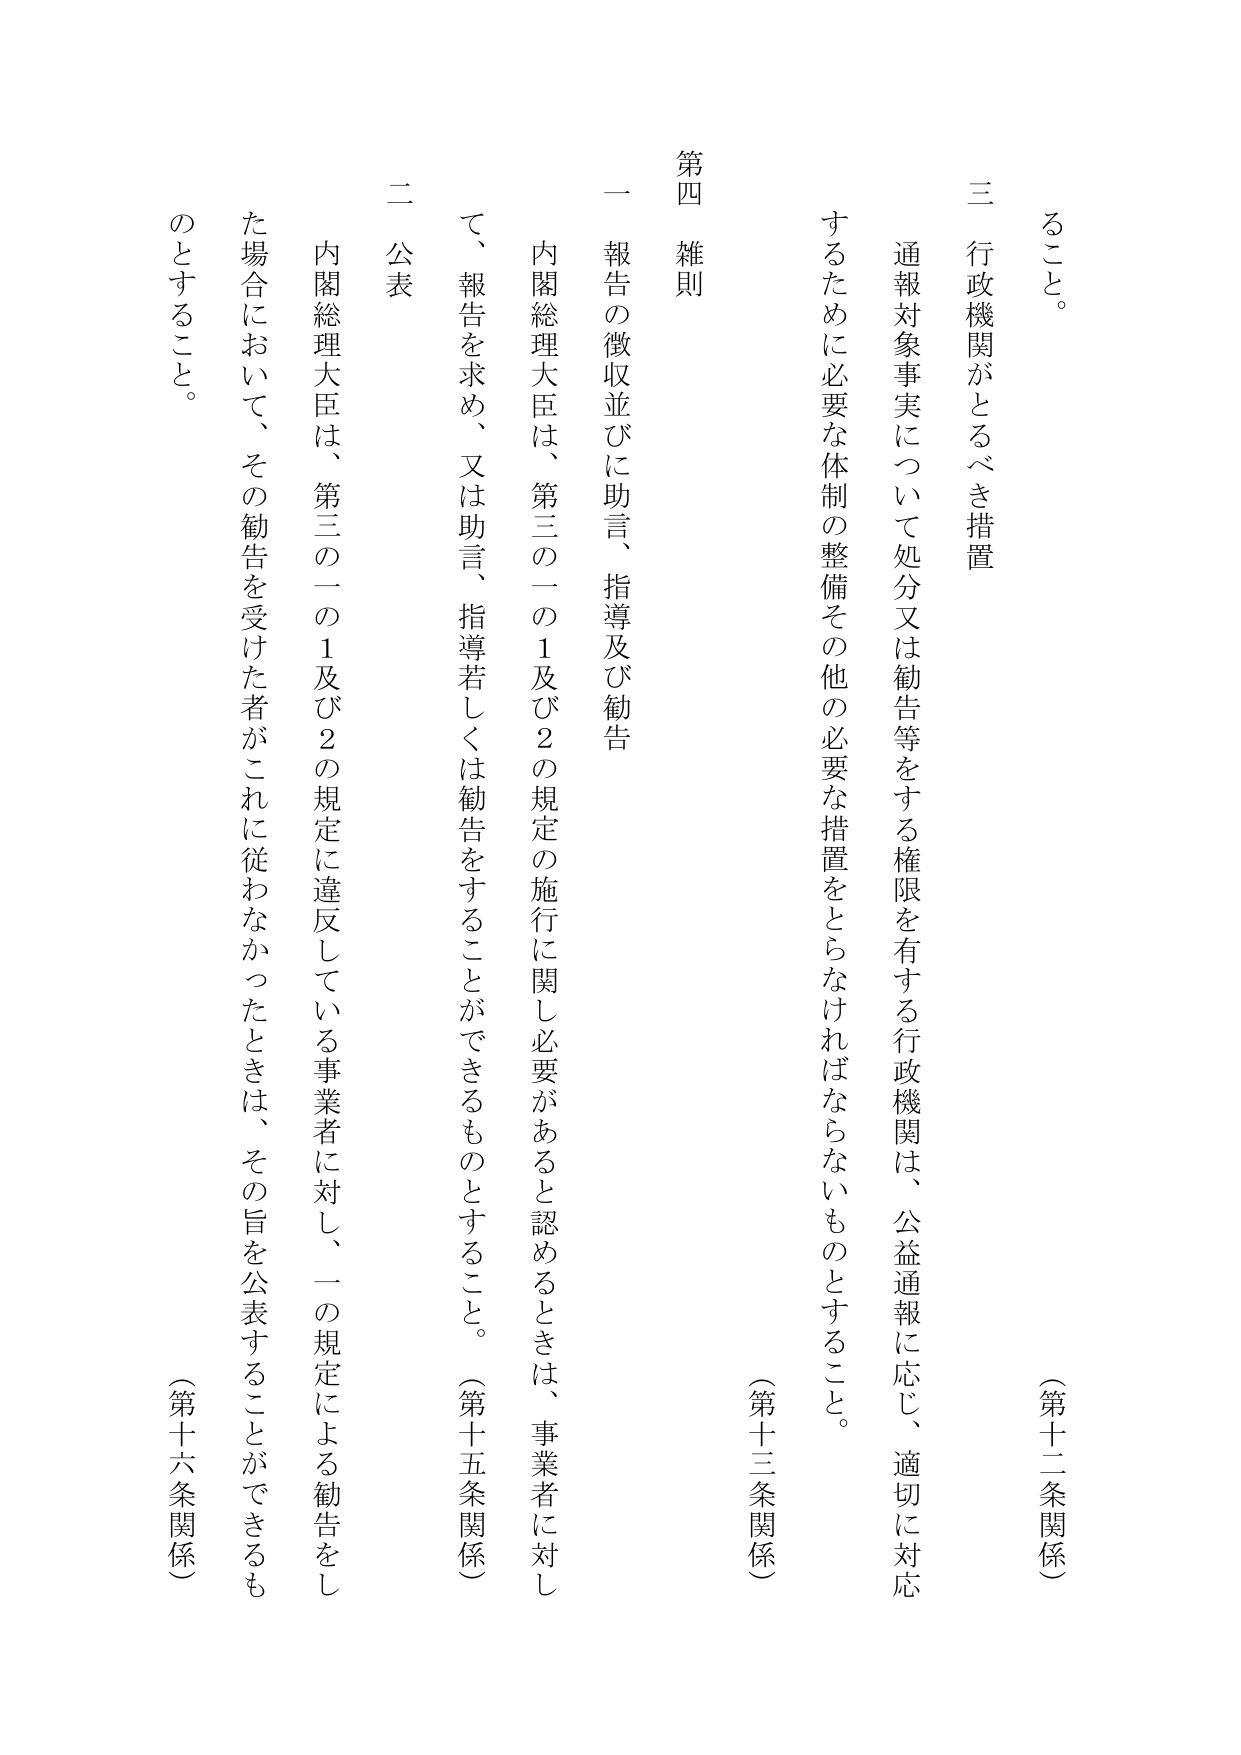
第四 雑則

一 報告の徴収並びに助言、指導及び勧告

内閣総理大臣は、第三の一の1及び2の規定の施行に関し必要があると認めるときは、事業者に対し、報告を求め、又は助言、指導若しくは勧告をすることができるものとすること。（第十五条関係）

二 公表

内閣総理大臣は、第三の一の1及び2の規定に違反している事業者に対し、一の規定による勧告をした場合において、その勧告を受けた者がこれに従わなかったときは、その旨を公表することができるものとすること。（第十六条関係）

三 行政機関がとるべき措置

通報対象事実について処分又は勧告等をする権限を有する行政機関は、公益通報に応じ、適切に対応するために必要な体制の整備その他必要な措置をとらなければならないものとすること。（第十三条関係）

ること。

（第十二条関係）